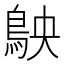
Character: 𬷅